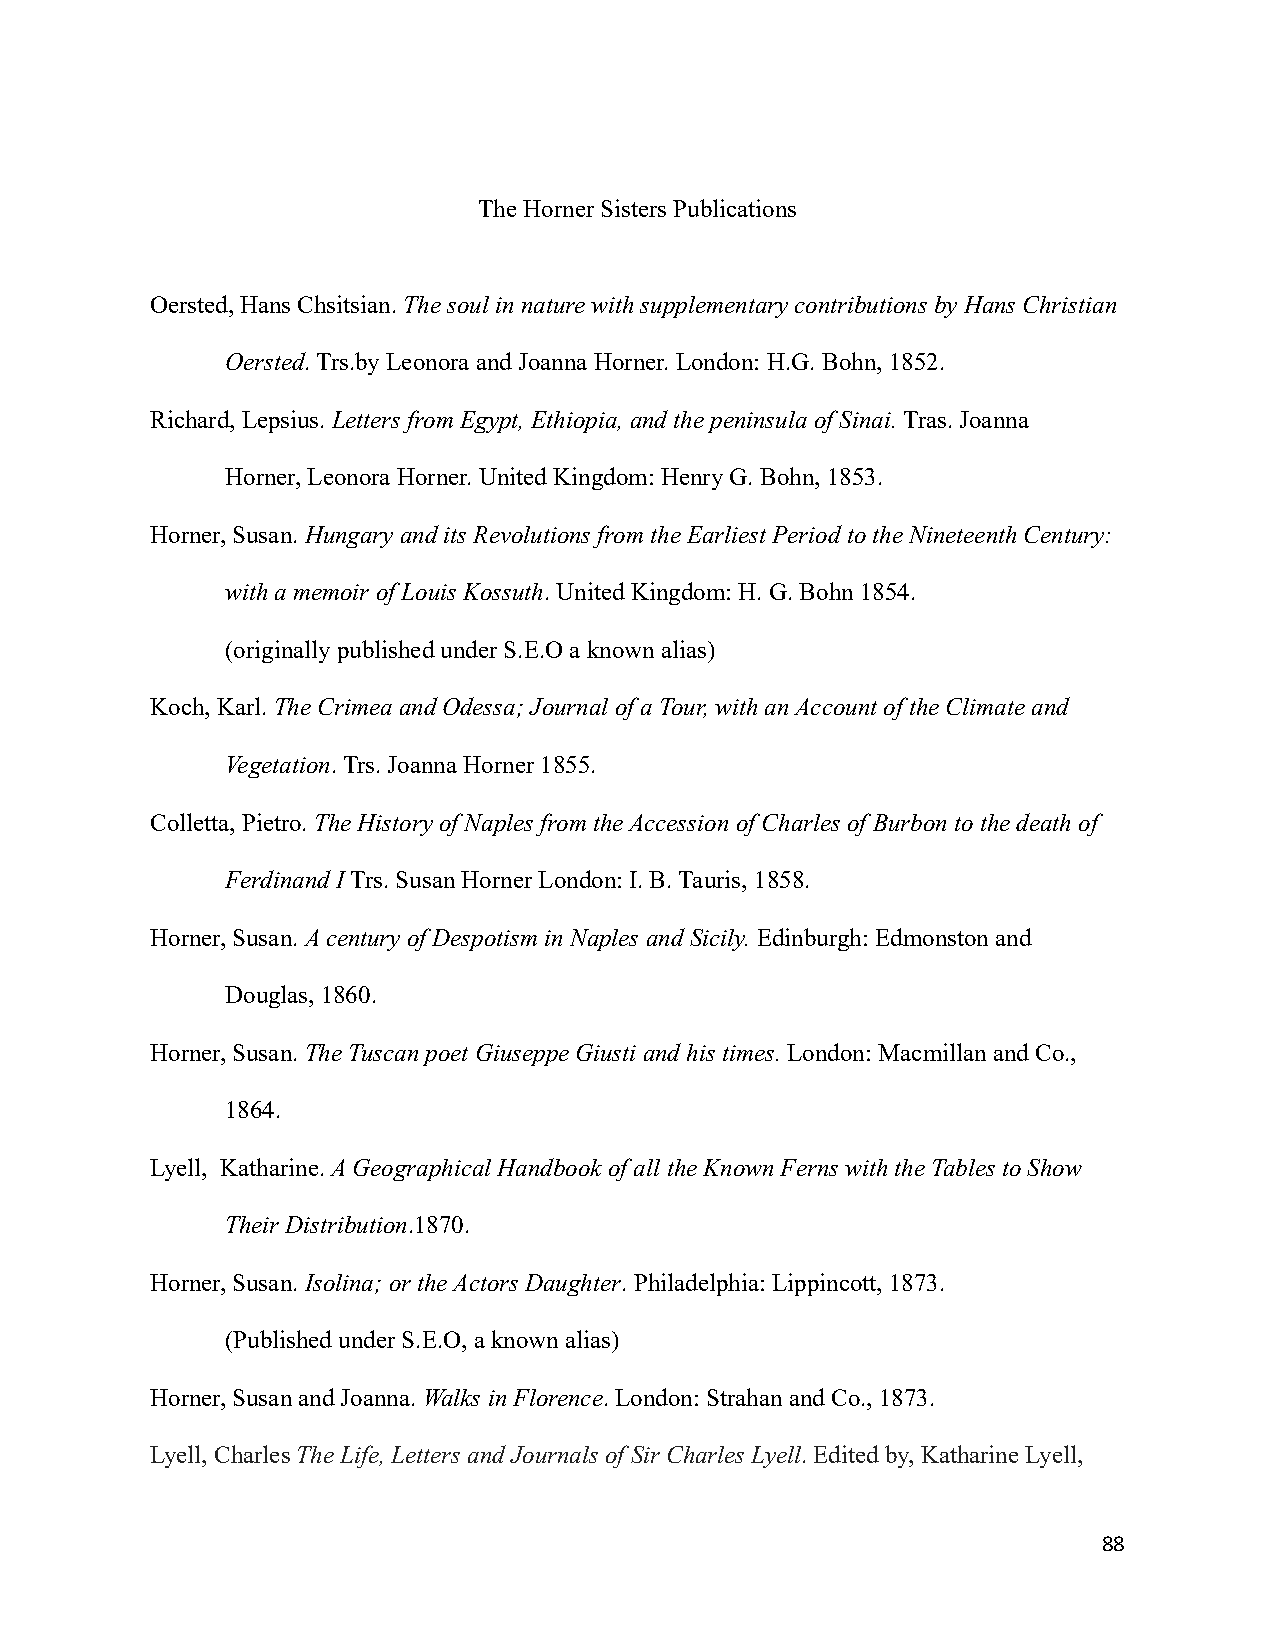
The Horner Sisters Publications
 Oersted, Hans Chsitsian.The soul in nature with supplementarycontributions by Hans Christian
 Oersted. Trs.by Leonora and Joanna Horner. London: H.G. Bohn, 1852.
 Richard, Lepsius.Letters from Egypt, Ethiopia, andthe peninsula of Sinai.Tras. Joanna
 Horner, Leonora Horner. United Kingdom: Henry G. Bohn, 1853.
 Horner, Susan. Hungary and its Revolutions from theEarliest Period to the Nineteenth Century:
 with a memoir of Louis Kossuth. United Kingdom:H. G. Bohn 1854.
 (originally published under S.E.O a known alias)
 Koch, Karl.The Crimea and Odessa; Journal of a Tour,with an Account of the Climate and
 Vegetation. Trs. Joanna Horner 1855.
 Colletta, Pietro.The History of Naples from the Accession of Charles of Burbon to the death of
 Ferdinand ITrs. Susan Horner London: I. B. Tauris, 1858.
 Horner, Susan. A century of Despotism in Naples and Sicily. Edinburgh: Edmonston and
 Douglas, 1860.
 Horner, Susan. The Tuscan poet Giuseppe Giusti andhis times.London: Macmillan and Co.,
 1864.
 Lyell, Katharine.A Geographical Handbook of all the Known Ferns with the Tables to Show
 Their Distribution.1870.
 Horner, Susan. Isolina; or the Actors Daughter.Philadelphia:Lippincott, 1873.
 (Published under S.E.O, a known alias)
 Horner, Susan and Joanna.Walks in Florence. London:Strahan and Co., 1873.
 Lyell, CharlesThe Life, Letters and Journals of SirCharles Lyell. Edited by, Katharine Lyell,
 88